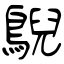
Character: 鶃